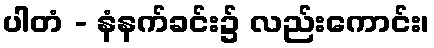
ပါတံ - နံနက်ခင်း၌ လည်းကောင်း၊